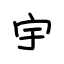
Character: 宇